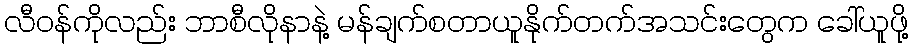
လီဝန်ကိုလည်း ဘာစီလိုနာနဲ့ မန်ချက်စတာယူနိုက်တက်အသင်းတွေက ခေါ်ယူဖို့